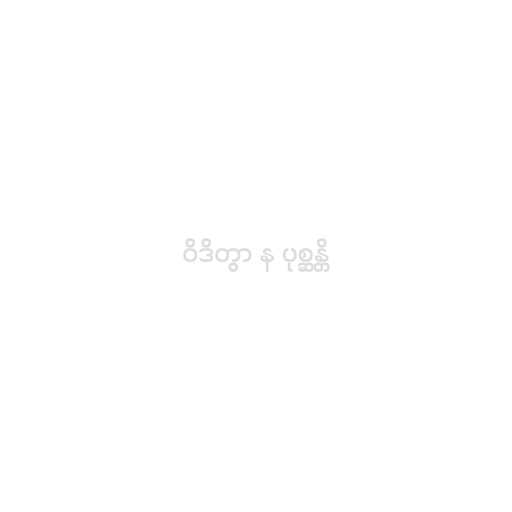
ဝိဒိတွာ န ပုစ္ဆန္တိ